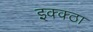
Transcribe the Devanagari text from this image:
इक्क्ठा